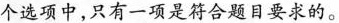
个选项中，只有一项是符合题目要求的。